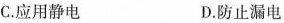
C.应用静电 D.防止漏电